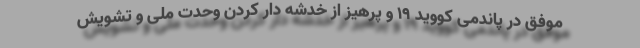
موفق در پاندمی کووید ۱۹ و پرهیز از خدشه دار کردن وحدت ملی و تشویش